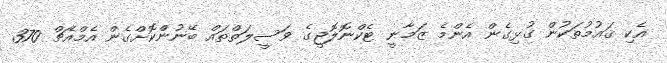
އެކި ޤައުމުތަކުން ގުޅިގެން އެންމެ ޒަމާނީ ޓެކްނޮލޮޖީގެ ވަސީލަތްތައް ބޭނުންކޮށްގެން އެމްއެޗް 370